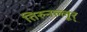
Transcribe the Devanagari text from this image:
तिरुनल्लूर्